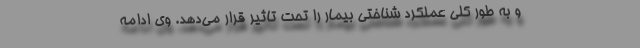
و به طور کلی عملکرد شناختی بیمار را تحت تاثیر قرار می‌دهد. وی ادامه